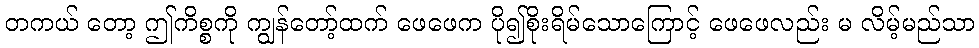
တကယ် တော့ ဤကိစ္စကို ကျွန်တော့်ထက် ဖေဖေက ပို၍စိုးရိမ်သောကြောင့် ဖေဖေလည်း မ လိမ့်မည်သာ